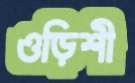
ওড়িশী